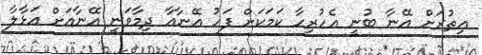
އިތުރަށް އޭނާ ބުނީ އެހުރިހާ ކަމަކަށް ފަހު އޭނާއާ ދިމާވަނީ އޭނާއަށް އަޅާލާ